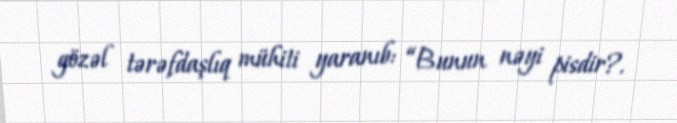
gözəl tərəfdaşlıq mühiti yaranıb: “Bunun nəyi pisdir?.